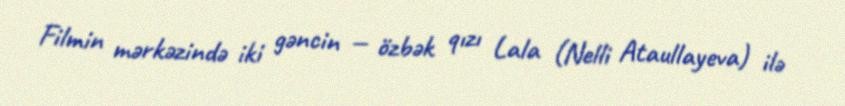
Filmin mərkəzində iki gəncin — özbək qızı Lala (Nelli Ataullayeva) ilə